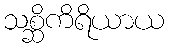
သစ္ဆိကိရိယာယ